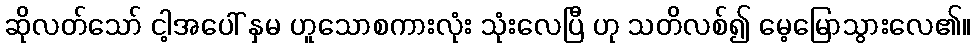
ဆိုလတ်သော် ငါ့အပေါ် နှမ ဟူသောစကားလုံး သုံးလေပြီ ဟု သတိလစ်၍ မေ့မြောသွားလေ၏။